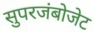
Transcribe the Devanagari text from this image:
सुपरजंबोजेट